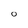
Character: 0